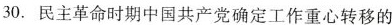
30.民主革命时期中国共产党确定工作重心转移的